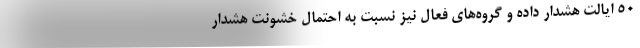
۵۰ ایالت هشدار داده و گروه‌های فعال نیز نسبت به احتمال خشونت هشدار